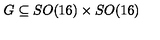
G \subseteq S O ( 1 6 ) \times S O ( 1 6 )